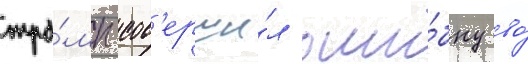
тра́мп сов'ерши́л оши́бку во́